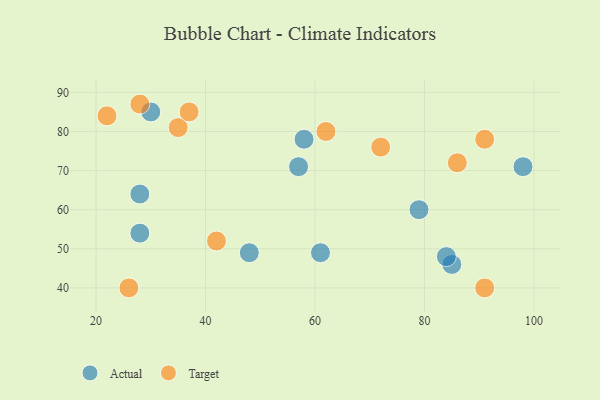
{"axis": {"x": "GDP", "y": "Life Expectancy"}, "legend": ["Actual", "Target"], "data": [{"x": "28", "y": 54, "type": "Actual"}, {"x": "85", "y": 46, "type": "Actual"}, {"x": "79", "y": 60, "type": "Actual"}, {"x": "98", "y": 71, "type": "Actual"}, {"x": "30", "y": 85, "type": "Actual"}, {"x": "61", "y": 49, "type": "Actual"}, {"x": "84", "y": 48, "type": "Actual"}, {"x": "57", "y": 71, "type": "Actual"}, {"x": "48", "y": 49, "type": "Actual"}, {"x": "58", "y": 78, "type": "Actual"}, {"x": "28", "y": 64, "type": "Actual"}, {"x": "42", "y": 52, "type": "Target"}, {"x": "86", "y": 72, "type": "Target"}, {"x": "35", "y": 81, "type": "Target"}, {"x": "62", "y": 80, "type": "Target"}, {"x": "37", "y": 85, "type": "Target"}, {"x": "72", "y": 76, "type": "Target"}, {"x": "28", "y": 87, "type": "Target"}, {"x": "91", "y": 40, "type": "Target"}, {"x": "26", "y": 40, "type": "Target"}, {"x": "22", "y": 84, "type": "Target"}, {"x": "91", "y": 78, "type": "Target"}]}